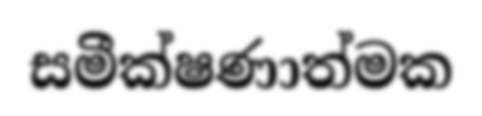
සමීක්ෂණාත්මක